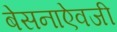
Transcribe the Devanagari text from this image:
बेसनाऐवजी